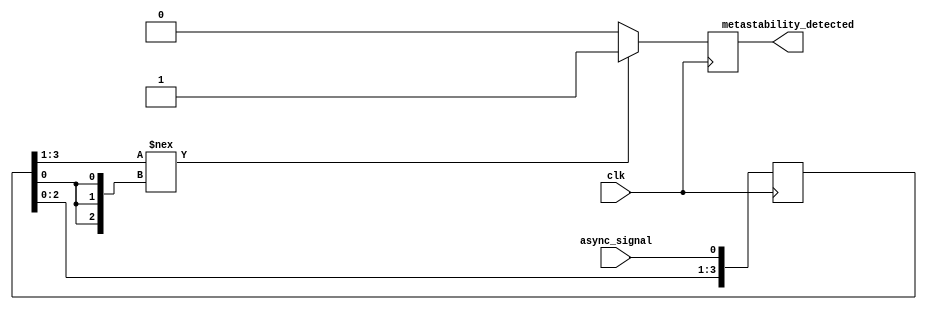
module metastability_detector #(
    parameter NUM_SAMPLES = 4,        // Number of sampling flip-flops
    parameter CLOCK_DOMAIN = 50e6      // Clock frequency in Hz
)(
    input wire clk,                    // Sampling clock
    input wire async_signal,           // Asynchronous input signal
    output reg metastability_detected   // Output signal indicating metastability
);

    // Array of flip-flops to sample the input signal
    reg [NUM_SAMPLES-1:0] samples;     // Store samples from the flip-flops
    reg [NUM_SAMPLES-1:0] sampled_sync; // Synchronize samples to detect inconsistencies

    // Sampling process
    always @(posedge clk) begin
        // Randomly sample the input signal
        samples <= {samples[NUM_SAMPLES-2:0], async_signal}; // Shift in new sample
    end

    // Metastability detection logic
    always @(posedge clk) begin
        // Check for discrepancies among the flip-flop outputs
        if (samples !== {NUM_SAMPLES{samples[0]}}) begin
            metastability_detected <= 1'b1; // Indicate metastability detected
        end else begin
            metastability_detected <= 1'b0; // No metastability detected
        end
    end

endmodule